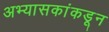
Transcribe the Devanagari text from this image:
अभ्यासकांकडून